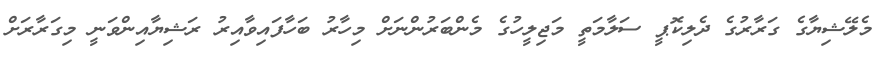
މެލޭޝިޔާގެ ގަރާރުގެ ދެލިކޮޕީ ސަލާމަތީ މަޖިލީހުގެ މެންބަރުންނަށް މިހާރު ބަހާފައިވާއިރު ރަޝިޔާއިންވަނީ މިގަރާރަށް